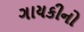
ગાયકીનો